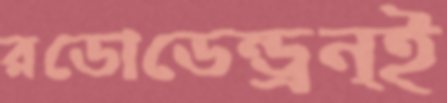
রডোডেন্ড্রন্ই